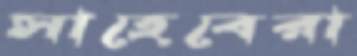
সাহেবেরা